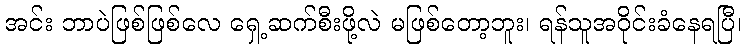
အင်း ဘာပဲဖြစ်ဖြစ်လေ ရှေ့ဆက်စီးဖို့လဲ မဖြစ်တော့ဘူး၊ ရန်သူအဝိုင်းခံနေရပြီ၊